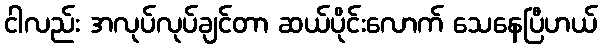
ငါလည်း အလုပ်လုပ်ချင်တာ ဆယ်ပိုင်းလောက် သေနေပြီဟယ်